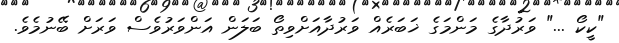
"ކީކޯ ..." ވަރުދާގެ މަންމަގެ ޚަބަރެއް ވަރުދާއަށްވިތޯ ބަލަން އަންވަރުވެސް ވަރަށް ބޭނުމެވެ.